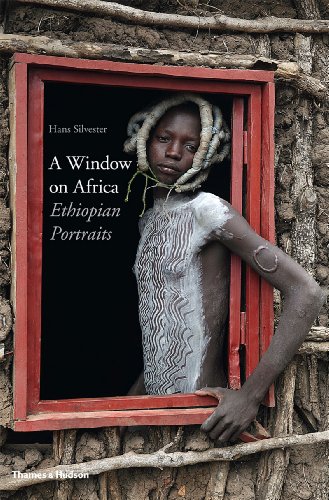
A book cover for A Window on Africa: Ethiopian Portraits; Hans Silvester; Travel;